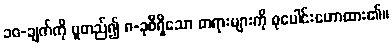
၁၀-ချက်ကို မူတည်၍ ၈-ခုစီရှိသော တရားများကို စုပေါင်းဟောထား၏။